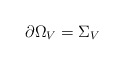
\begin{align*}\partial \Omega_V = \Sigma_V\end{align*}